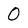
Character: 0